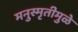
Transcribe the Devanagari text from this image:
मनुस्मृतीमुळे